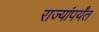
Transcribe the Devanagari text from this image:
राज्यांपर्यंत